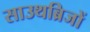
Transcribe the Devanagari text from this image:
साउथब्रिजों